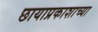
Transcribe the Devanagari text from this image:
छायाप्रकाशाच्या